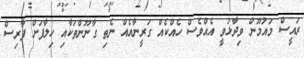
ރައީސް މައުމޫން ވިދާޅުވީ އެއްވެސް ހެއްކެއް ގަރީނާއެއް ނެތި ގާނޫންތަކާއި ހިލާފަށް ފާރިސް